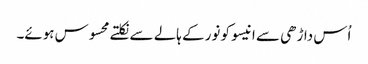
اُس داڑھی سے انیسو کو نور کے ہالے سے نکلتے محسوس ہوئے۔